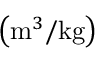
\left( { \mathrm { m } } ^ { 3 } / { \mathrm { k g } } \right)